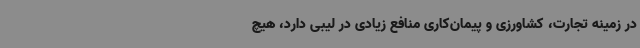
در زمینه تجارت، کشاورزی و پیمان‌کاری منافع زیادی در لیبی دارد، هیچ